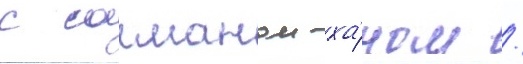
с салманом ха́ном /